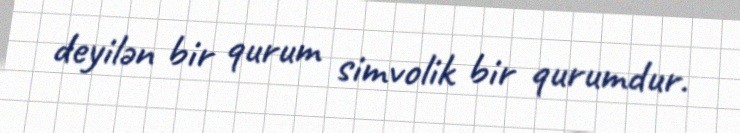
deyilən bir qurum simvolik bir qurumdur.